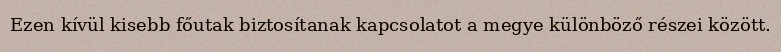
Ezen kívül kisebb főutak biztosítanak kapcsolatot a megye különböző részei között.